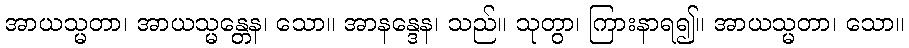
အာယသ္မတာ၊ အာယသ္မန္တေန၊ သော။ အာနန္ဒေန၊ သည်။ သုတွာ၊ ကြားနာရ၍။ အာယသ္မတာ၊ သော။